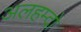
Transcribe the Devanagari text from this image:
अलहम्दो